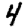
Digit: 4